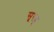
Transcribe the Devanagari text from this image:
सूरह्